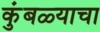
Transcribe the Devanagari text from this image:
कुंबळ्याचा